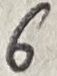
Text: 6